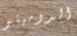
الدومينو